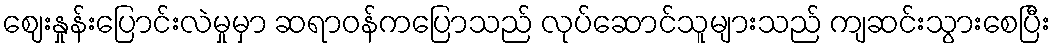
ဈေးနှုန်းပြောင်းလဲမှုမှာ ဆရာဝန်ကပြောသည် လုပ်ဆောင်သူများသည် ကျဆင်းသွားစေပြီး